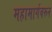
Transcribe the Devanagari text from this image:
महामार्गवरून